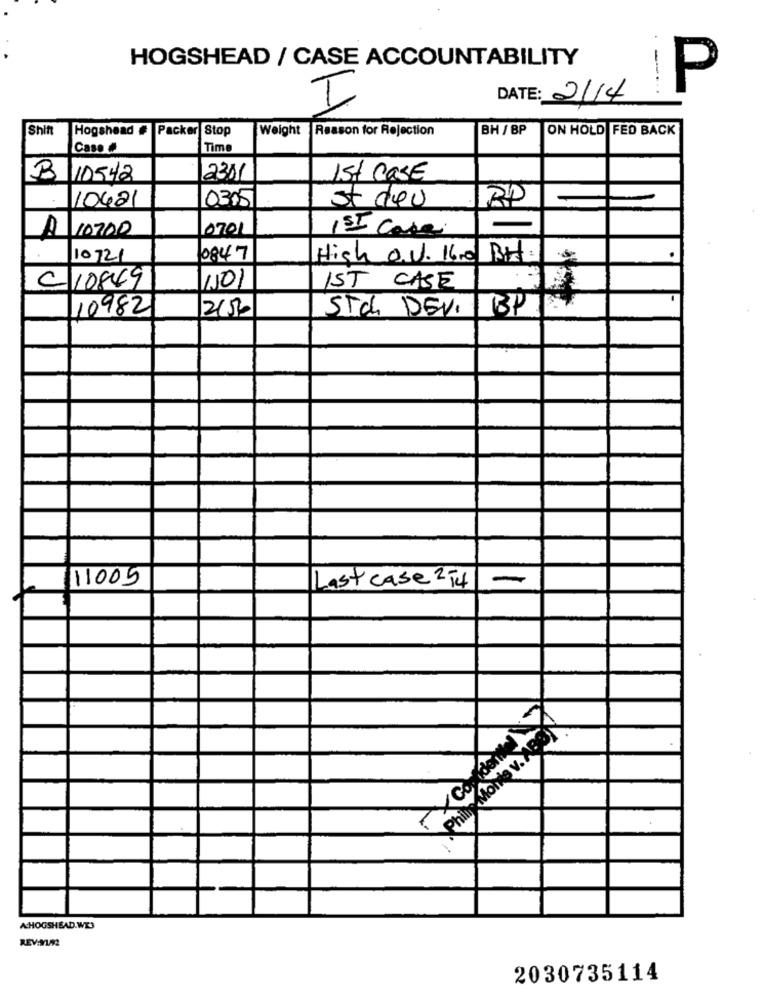
HOGSHEAD / CASE ACCOUNTABILITY
-
P
DATE: 2114
I
Shift
Hogshead #
Packer Stop
Weight
Reason for Rejection
BH / BP
ON HOLD FED BACK
Caso #
Time
10542
2301
1st caSE
10421
0315
st deu
10700
0701
1SI case
A
10721
0847
High O.V. 16.0 Pt
1501
C 10849
IST CASE
10982
2150
STC DEVI
BP
11005
-
Last case 254
Phin Moms v. ABON
ACHOGSHEAD.WE
REV:91/92
2030735114